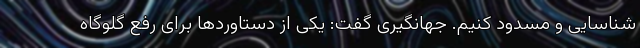
شناسایی و مسدود کنیم. جهانگیری گفت: یکی از دستاوردها برای رفع گلوگاه